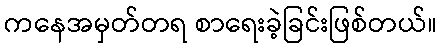
ကနေအမှတ်တရ စာရေးခဲ့ခြင်းဖြစ်တယ်။